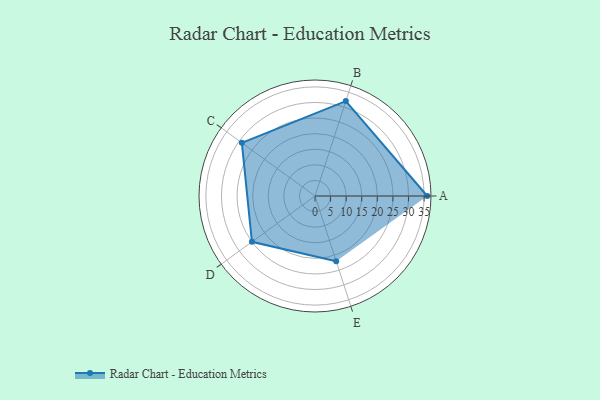
{"axis": {"x": "Skill", "y": "Score"}, "legend": ["Profile"], "data": [{"x": "A", "y": 36.0, "type": "Profile"}, {"x": "B", "y": 32.0, "type": "Profile"}, {"x": "C", "y": 29.0, "type": "Profile"}, {"x": "D", "y": 25.0, "type": "Profile"}, {"x": "E", "y": 22.0, "type": "Profile"}]}